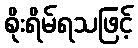
စိုးရိမ်ရသဖြင့်